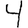
Digit: 4